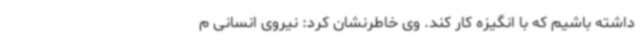
داشته باشیم که با انگیزه کار کند. وی خاطرنشان کرد: نیروی انسانی م